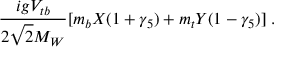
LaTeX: { \frac { i g V _ { t b } } { 2 \sqrt 2 M _ { W } } } [ m _ { b } X ( 1 + { \gamma } _ { 5 } ) + m _ { t } Y ( 1 - { \gamma } _ { 5 } ) ] \; .